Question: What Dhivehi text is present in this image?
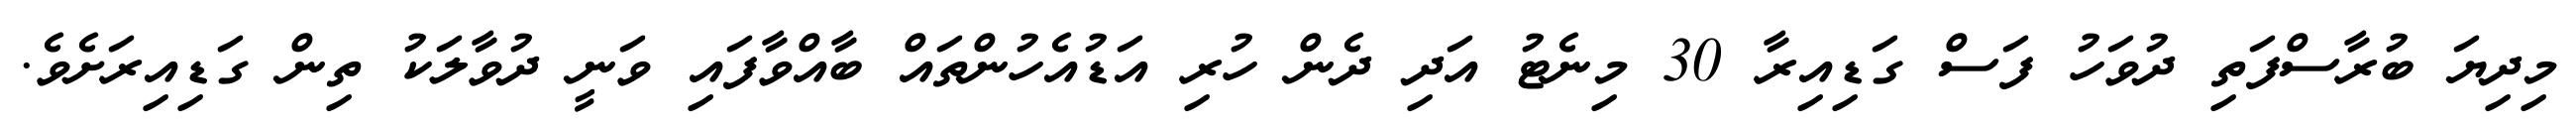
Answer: މިދިޔަ ބުރާސްފަތި ދުވަހު ފަސް ގަޑިއިރާ 30 މިނެޓު އަދި ދެން ހުރި އަޑުއެހުންތައް ބާއްވާފައި ވަނީ ދުވާލަކު ތިން ގަޑިއިރަށެވެ.